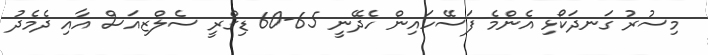
މިސުރު ގަނދަކޯޅި އެންމެ ފަސޭހައިން ހެދޭނީ 65-60 ޑިގްރީ ސެލްޒިއަސް އާއި ދެމެދު